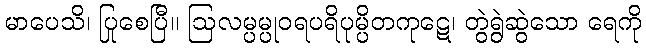
မာပေသိ၊ ပြုစေပြီ။ ဩလမ္ပမ္ပုဝရပရိပုမ္ပိတကုဋေ၊ တွဲရွဲဆွဲသော ရေကို